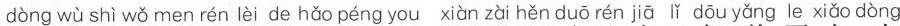
dòng wù shì wǒ men rén lèi de hǎo péng you xiàn zài hěn duō rén jiā lǐ dō u yǎng le xiǎo dòng